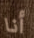
أنا